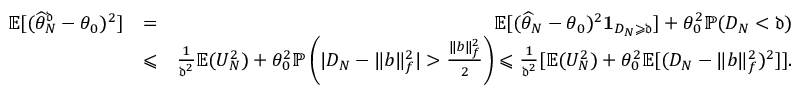
\begin{array} { r l r } { \mathbb E [ ( \widehat \theta _ { N } ^ { \mathfrak d } - \theta _ { 0 } ) ^ { 2 } ] } & { = } & { \mathbb E [ ( \widehat \theta _ { N } - \theta _ { 0 } ) ^ { 2 } \mathbf 1 _ { D _ { N } \geqslant \mathfrak d } ] + \theta _ { 0 } ^ { 2 } \mathbb P ( D _ { N } < \mathfrak d ) } \\ & { \leqslant } & { \frac { 1 } { \mathfrak d ^ { 2 } } \mathbb E ( U _ { N } ^ { 2 } ) + \theta _ { 0 } ^ { 2 } \mathbb P \left( | D _ { N } - \| b \| _ { f } ^ { 2 } | > \frac { \| b \| _ { f } ^ { 2 } } { 2 } \right) \leqslant \frac { 1 } { \mathfrak d ^ { 2 } } [ \mathbb E ( U _ { N } ^ { 2 } ) + \theta _ { 0 } ^ { 2 } \mathbb E [ ( D _ { N } - \| b \| _ { f } ^ { 2 } ) ^ { 2 } ] ] . } \end{array}